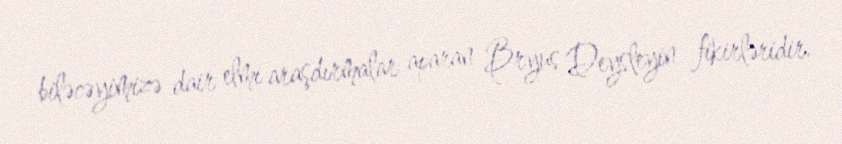
biləcəyimizə dair elmi araşdırmalar aparan Bryus Deysleyin fikirləridir.